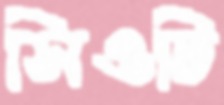
সিওটি